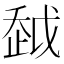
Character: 𧻂